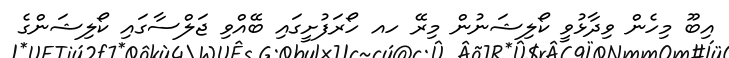
އިބޫ މިހެން ވިދާޅުވީ ކޯލިޝަނުން މިރޭ ހއ ހޯރަފުށީގައި ބޭއްވި ޖަލްސާގައި ކޯލިޝަންގެ